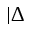
| \Delta